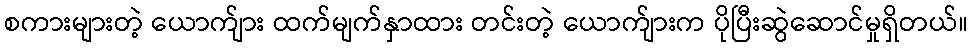
စကားများတဲ့ ယောက်ျား ထက်မျက်နှာထား တင်းတဲ့ ယောက်ျားက ပိုပြီးဆွဲဆောင်မှုရှိတယ်။